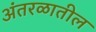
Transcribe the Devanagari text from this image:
अंतरळातील